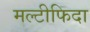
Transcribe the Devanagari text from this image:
मल्टीफिदा